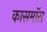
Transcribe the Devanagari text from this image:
कासमॉस